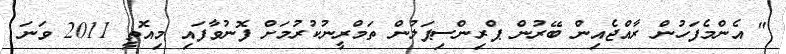
" އެންމެފަހުން ރާއްޖެއިން ބޭރުން ޕްރިންސިޕަލުން ތަމްރީނުކުރުމަށް ފޮނުވާފައި މިއޮތީ 2011 ވަނަ